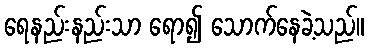
ရေနည်းနည်းသာ ရော၍ သောက်နေခဲ့သည်။